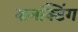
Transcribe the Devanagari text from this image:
कनक्टिंग